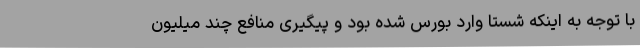
با توجه به اینکه شستا وارد بورس شده بود و پیگیری منافع چند میلیون